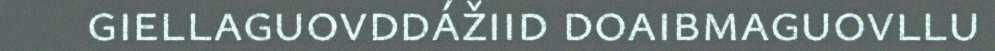
giellaguovddážiid doaibmaguovllu